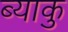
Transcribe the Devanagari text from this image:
ब्याकु